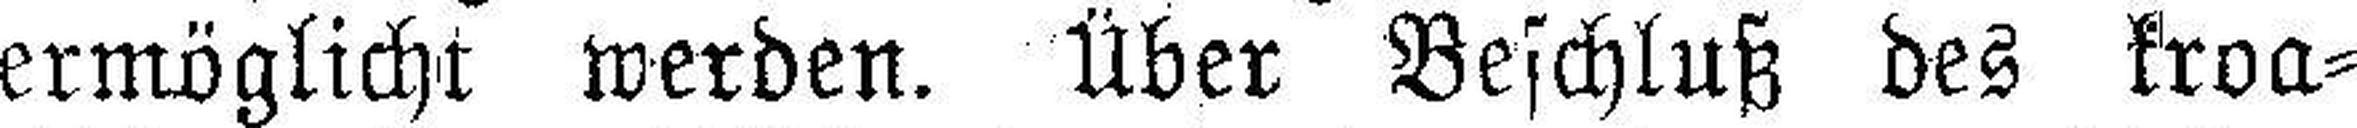
ermöglicht werden. Über Beschluß des kroa¬